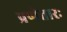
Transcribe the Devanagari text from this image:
प्रणेतारः